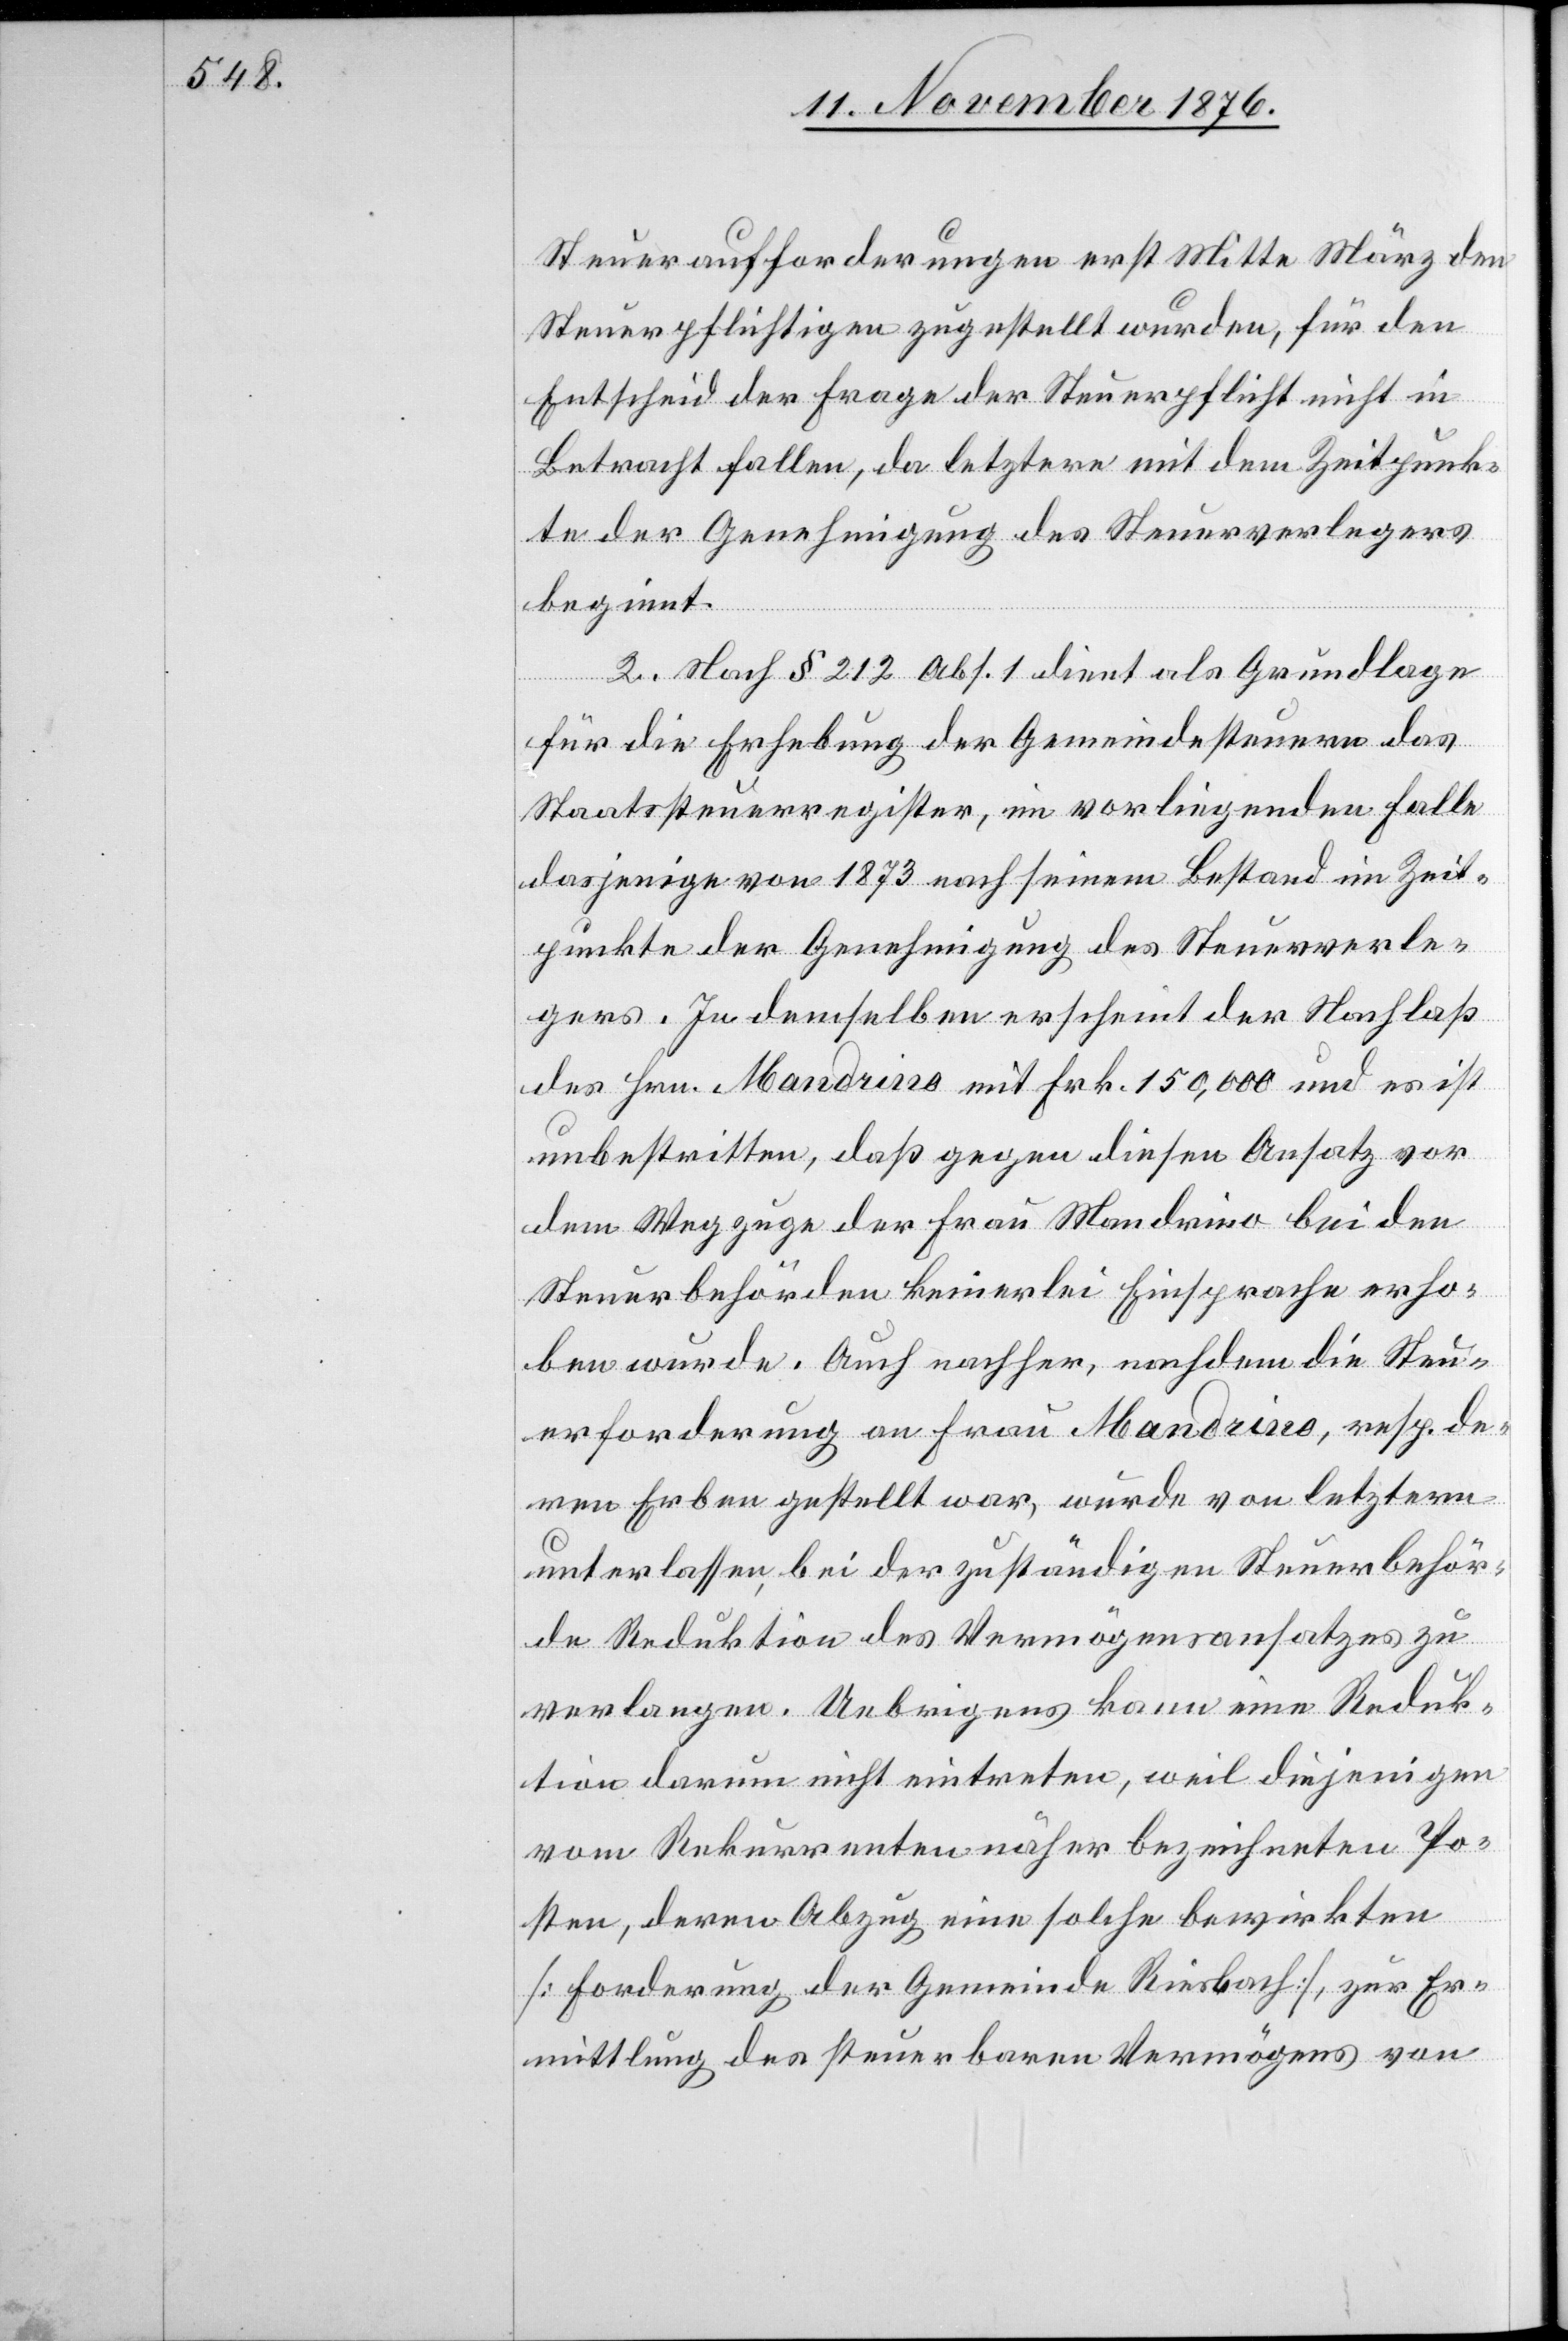
Steueraufforderungen erst Mitte März den
Steuerpflichtigen zugestellt wurden, für den
Entscheid der Frage der Steuerpflicht nicht in
Betracht fallen, da letztere mit dem Zeitpunk¬
te der Genehmigung des Steuerverlegers
beginnt.
2. Nach § 212 Abs. 1 dient als Grundlage
für die Erhebung der Gemeindesteuern das
Staatssteuerregister, im vorliegenden Falle
dasjenige von 1873 nach seinem Bestand im Zeit¬
punkte der Genehmigung des Steuerverle¬
gers. In demselben erscheint der Nachlaß
des Hrn. Mandrino mit Frk. 150,000 und es ist
unbestritten, daß gegen diesen Ansatz vor
dem Wegzuge der Frau Mandrino bei den
Steuerbehörden keinerlei Einsprache erho¬
ben wurde. Auch nachher, nachdem sie Steu¬
erforderung an Frau Mandrino, resp. de¬
ren Erben gestellt war, wurde von letztern
unterlassen, bei der zuständigen Steuerbehör¬
de Reduktion des Vermögensansatzes zu
verlangen. Uebrigens kann eine Reduk¬
tion darum nicht eintreten, weil diejenigen
vom Rekurrenten näher bezeichneten Po¬
sten, deren Abzug eine solche bewirkten
[Forderung der Gemeinde Riesbach], zur Er¬
mittlung des steuerbaren Vermögens von